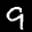
Label: 9